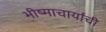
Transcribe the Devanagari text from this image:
भीष्माचार्याची